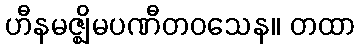
ဟီနမဇ္ဈိမပဏီတဝသေန။ တထာ